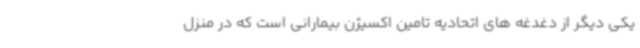
یکی دیگر از دغدغه های اتحادیه تامین اکسیژن بیمارانی است که در منزل